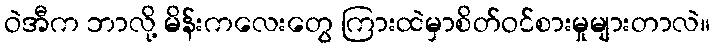
ဝဲအီက ဘာလို့ မိန်းကလေးတွေ ကြားထဲမှာစိတ်ဝင်စားမှုများတာလဲ။